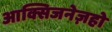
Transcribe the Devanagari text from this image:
आक्सिजनेज़हो